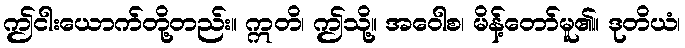
ဤငါးယောက်တို့တည်း။ ဣတိ၊ ဤသို့။ အဝေါစ၊ မိန့်တော်မူ၏။ ဒုတိယံ၊